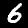
Label: 6